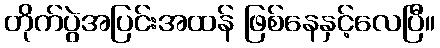
တိုက်ပွဲအပြင်းအထန် ဖြစ်နေနှင့်လေပြီ။